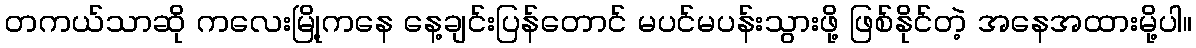
တကယ်သာဆို ကလေးမြို့ကနေ နေ့ချင်းပြန်တောင် မပင်မပန်းသွားဖို့ ဖြစ်နိုင်တဲ့ အနေအထားမို့ပါ။